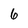
Character: 6